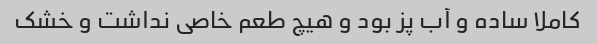
کاملا ساده و آب پز بود و هیچ طعم خاصی نداشت و خشک